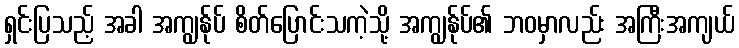
ရှင်းပြသည့် အခါ အကျွန်ုပ် စိတ်ပြောင်းသကဲ့သို့ အကျွန်ုပ်၏ ဘဝမှာလည်း အကြီးအကျယ်